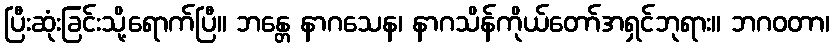
ပြီးဆုံးခြင်းသို့ရောက်ပြီ။ ဘန္တေ နာဂသေန၊ နာဂသိန်ကိုယ်တော်အရှင်ဘုရား။ ဘဂဝတာ၊